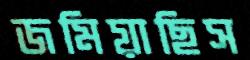
জমিয়াছিস